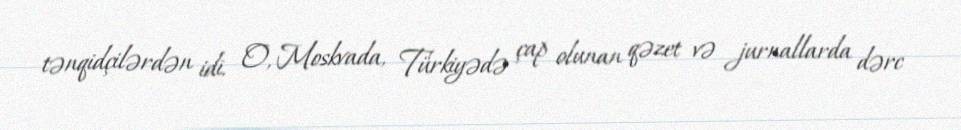
tənqidçilərdən idi. O, Moskvada, Türkiyədə çap olunan qəzet və jurnallarda dərc